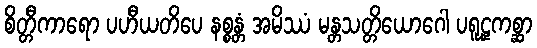
စိတ္တီကာရော ပဟီယတိပေ နစ္စန္တံ အမိဿံ မန္တသတ္တိယောဂေါ ပရူဠှကစ္ဆာ